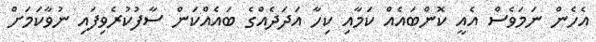
އެހެން ނަމަވެސް އެއީ ކޮންބައެއް ކަމާއި ކިހާ އަދަދެއްގެ ބައެއްކަން ސާފުކުރެވިފައި ނުވާކަމަށް